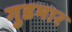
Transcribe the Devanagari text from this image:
गुडमार